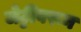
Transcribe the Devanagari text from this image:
जेट्टीवरून